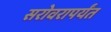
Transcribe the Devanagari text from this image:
सरोवरापर्यंत